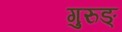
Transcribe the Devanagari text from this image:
गुरुङ्‌